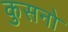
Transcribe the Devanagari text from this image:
कुसनो